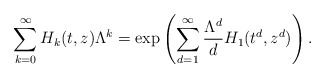
\begin{align*} \sum_{k=0}^\infty H_k(t,z) \Lambda^k = \exp\left( \sum_{d=1}^\infty \frac{\Lambda^d}d H_1(t^d,z^d) \right).\end{align*}